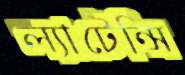
ল্যাটেন্সি